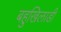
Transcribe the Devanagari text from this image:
बहुखिलाडी